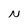
Character: N